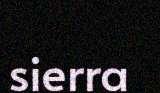
sierra